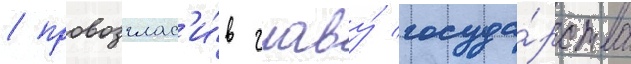
/ провозглас'и́в главу́ госуда́рства